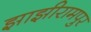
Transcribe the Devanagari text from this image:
झाझीरामपुर